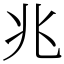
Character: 兆